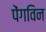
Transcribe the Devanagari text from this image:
पेंगविन